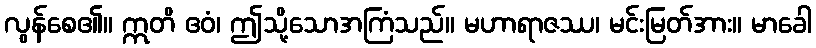
လွန်စေ၏။ ဣတိ ဧဝံ၊ ဤသို့သောအကြံသည်။ မဟာရာဇဿ၊ မင်းမြတ်အား။ မာခေါ